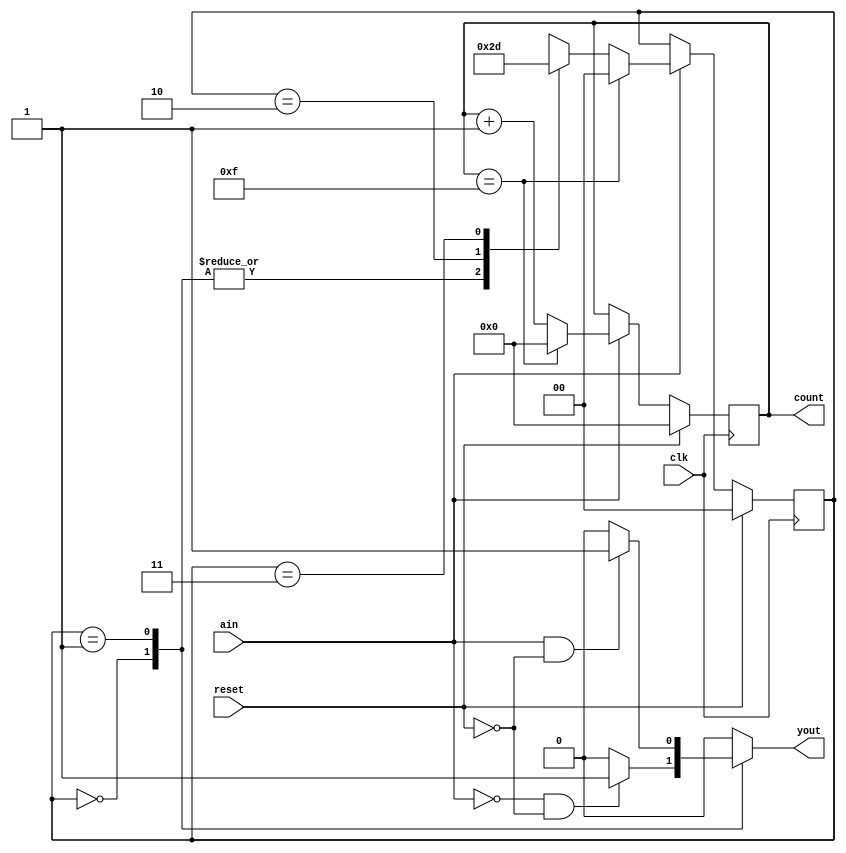
module lab5_1_1(
    input ain,clk,reset,
    output reg [3:0] count,
    output reg yout
    );
    reg [1:0] state,nextstate;
    parameter S0 = 0,S1 = 1,S2 = 2,S3 = 3;
    initial
    begin
        nextstate = S2;
    end
    always @(posedge clk)
    begin
    if(reset)
    begin
        count = 4'b0000;
        state  = S0;
    end
    else
    begin
        if(ain)
        begin
            if(count == 15)
            begin
                count = 0;
                state = S0;
            end
            else
            begin
                count = count + 1;
                state = nextstate;
            end
        end
    end
    end
        
    always @(state or ain or reset)
    begin
        yout = 1'b0;
        case(state)
        S0: if((~ain) & (~reset))
            yout = 1;
        S1: if(ain & (~reset))
            yout = 1;
        default: yout = 1'b0;
        endcase
    end
    always @(state or ain)
    begin
        case(state)
        S0: 
        begin
            if(ain)
                nextstate = S2;
            else
                nextstate = S0;
        end
        S1:
        begin
            if(ain)
                nextstate = S2;
            else
                nextstate = S1;
        end
        S2:
        begin
            if(ain)
                nextstate = S3;
            else
                nextstate = S2;
        end
        S3:
        begin
            if(ain)
                nextstate = S1;
            else
                nextstate = S3;
        end    
        endcase
    end
    
endmodule